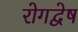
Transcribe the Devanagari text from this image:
रोगद्वेष